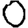
Digit: 0